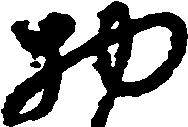
物